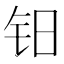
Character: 𰽡